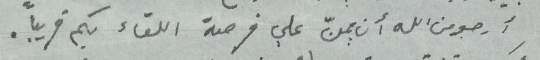
أرجو من الله أن يمنّ علي فرصة اللقاء بكم قريباً.